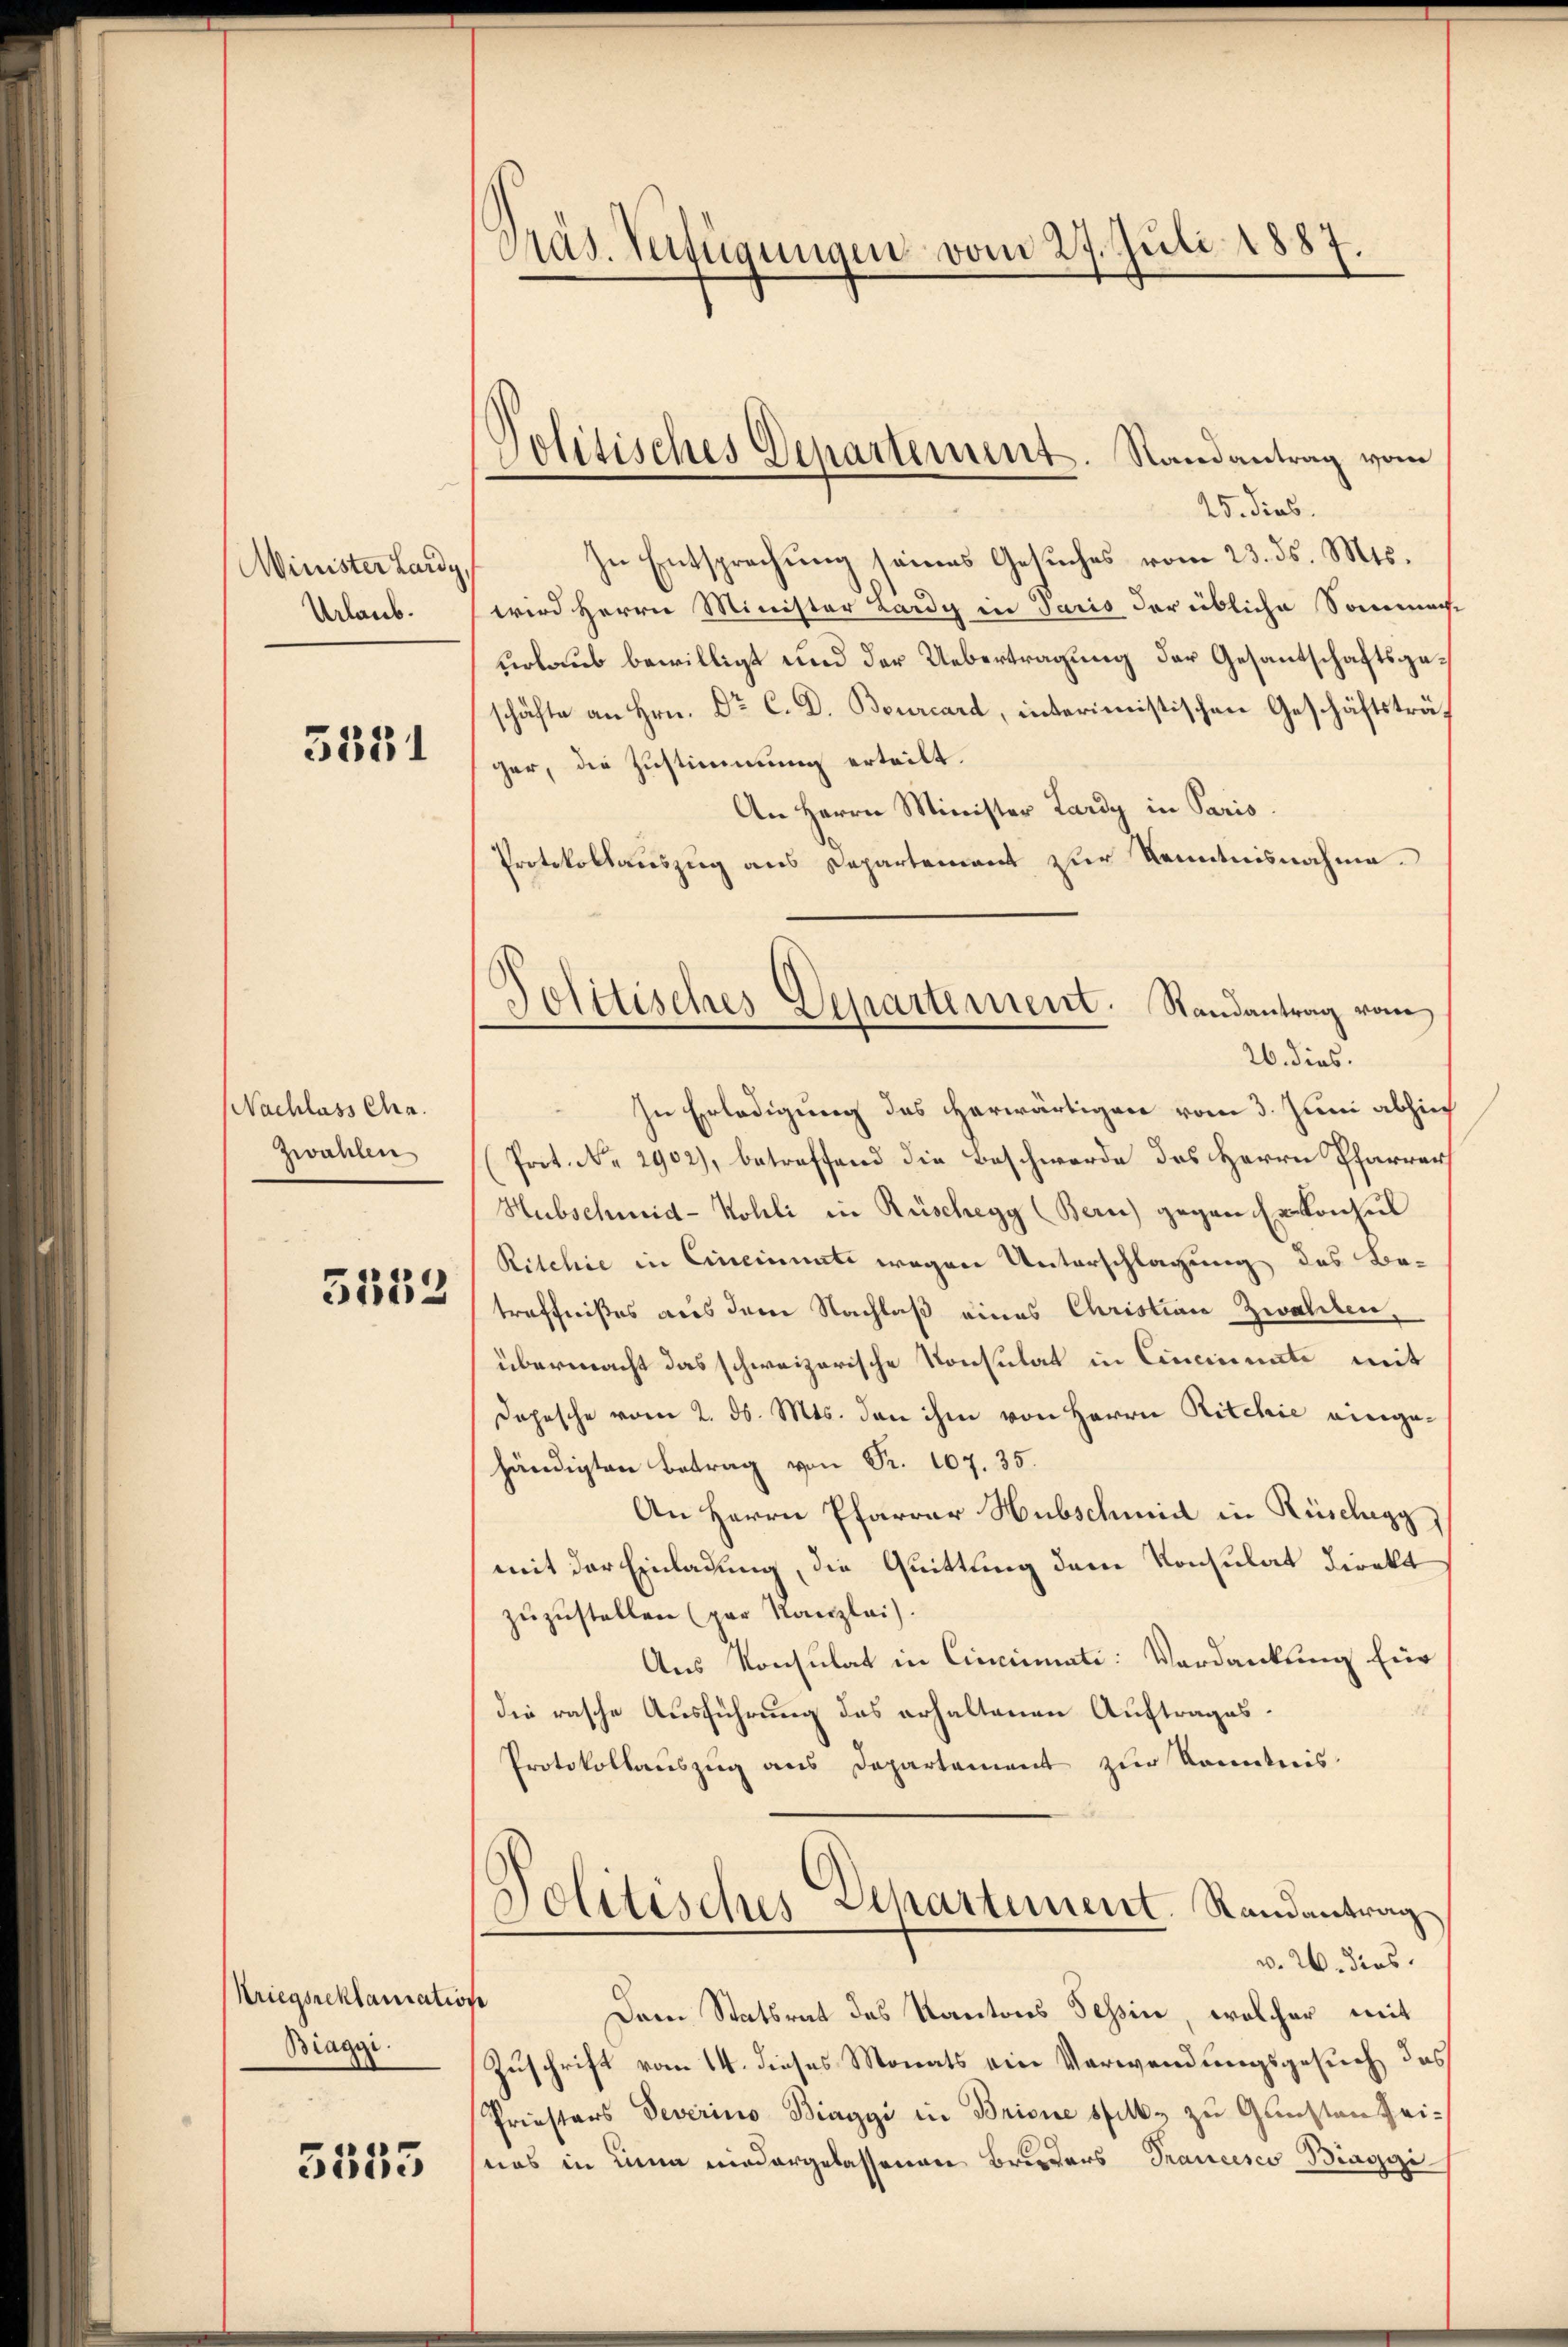
Minister Lardy,
Urlaub.

3331

Nachlass Cha
Zwahlen

5152

Kriegsreklamation
Biaggi.

5353

Präs. Verfügungen vom 27. Juli 1887.

Politisches Departement. Randantrag vom

Politisches Departement. Randantrag vom

25. dies
In Entsprechung seines Gesuches vom 23. ds. Mts.
wird Herrn Minister Lardy in Paris der übliche Sommene
urlaub bewilligt und der Uebertragung der Gesantschaftsgeschäfte an Hrn. Dr C. D. Bourcard, interimistischen Geschäftsträger, die Zustimmung erteilt.
An Herrn Minister Lardy in Paris.
Protokollauszug aus Departement zur Kenntnisnahme.
26. dies.
In Erledigung des herwärtigen vom 3. Juni abhin
Prot. No. 2902), betreffend die Beschwerde des Herrn Pfarrer
Hubschmid-Kolli in Rüschegg (Bern) gegen Er konsul
Ritchie in Cincinnnte wegen Unterschlagung des Be-
treffnißes aus dem Nachlaß eines Christian Zwahlen,
übermacht das schweizerische Konsulat in Cincinati mit
Depesche vom 2. ds. Mts. den ihm von Herrn Ritchie eingehändigten Betrag von Fr. 107. 35.
An Herrn Pfarrer Hubschmid in Rüschegg,
mit der Einladung, die Quittung dem Konsulat direkt
zuzustellen (par Kanzlei.
Aus Konsulat in Cincinati: Verdankung für
die rasche Ausführung des erhaltenen Auftrages.
Protokollauszug aus Departement zur Kenntnis
Politisches Departement. Randantrag
v. 26. dies
e
Dem Statsrat des Kantons Tessin, welcher mit
Zuschrift vom 14. dieses Monats ein Verwendungsgesuch das
Priestars deverino Biaggi in Brisie statt. zu Gunsten Zeinas in Lina niedergelassenen Bruders Francesco Biaggi